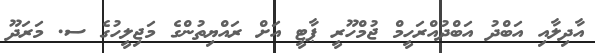
އާދިލާއި އަބްދު އަބްދުއްރަހީމް ޖުމްހޫރީ ޕާޓީ އަށް ރައްޔިތުންގެ މަޖިލީހުގެ ސ. މަރަދޫ